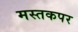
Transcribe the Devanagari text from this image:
मस्तकपर